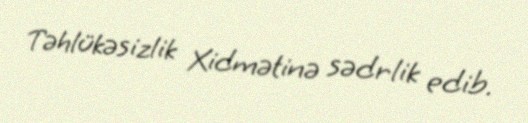
Təhlükəsizlik Xidmətinə sədrlik edib.